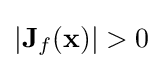
\left|\mathbf {J} _{f}(\mathbf {x} )\right|>0